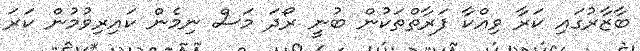
ބާޒާރުގައި ކަރާ ވިއްކާ ފަރާތްތަކުން ބުނީ ރޯދަ މަސް ނިމެން ކައިރިވުމުން ކަރަ